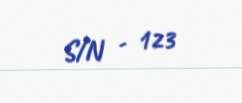
S/N - 123